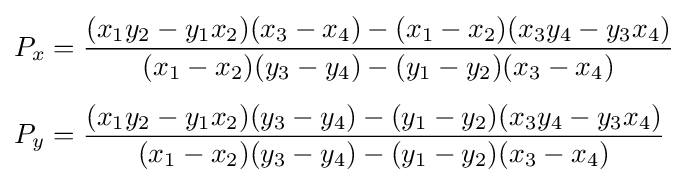
{\begin{aligned}P_{x}&={\frac {(x_{1}y_{2}-y_{1}x_{2})(x_{3}-x_{4})-(x_{1}-x_{2})(x_{3}y_{4}-y_{3}x_{4})}{(x_{1}-x_{2})(y_{3}-y_{4})-(y_{1}-y_{2})(x_{3}-x_{4})}}\\[4px]P_{y}&={\frac {(x_{1}y_{2}-y_{1}x_{2})(y_{3}-y_{4})-(y_{1}-y_{2})(x_{3}y_{4}-y_{3}x_{4})}{(x_{1}-x_{2})(y_{3}-y_{4})-(y_{1}-y_{2})(x_{3}-x_{4})}}\end{aligned}}